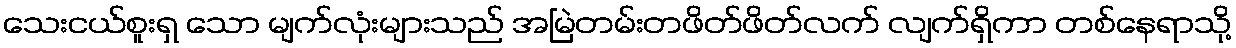
သေးငယ်စူးရှ သော မျက်လုံးများသည် အမြဲတမ်းတဖိတ်ဖိတ်လက် လျက်ရှိကာ တစ်နေရာသို့